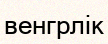
венгрлік